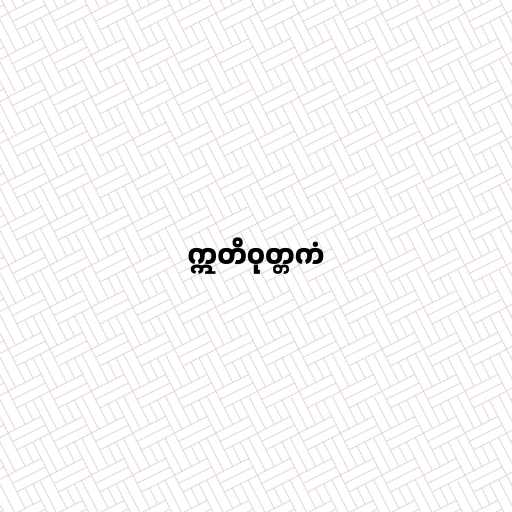
ဣတိဝုတ္တကံ